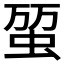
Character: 𧊪